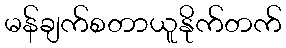
မန်ချက်စတာယူနိုက်တက်